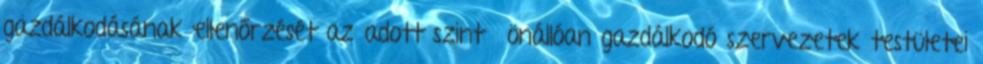
gazdálkodásának ellenőrzését az adott szintű önállóan gazdálkodó szervezetek testületei